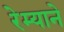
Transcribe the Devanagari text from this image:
रेम्याने